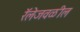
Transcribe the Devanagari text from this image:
रॅलेजवळील